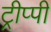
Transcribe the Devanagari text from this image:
ट्रीप्पी